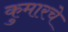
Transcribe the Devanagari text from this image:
कुमारचे